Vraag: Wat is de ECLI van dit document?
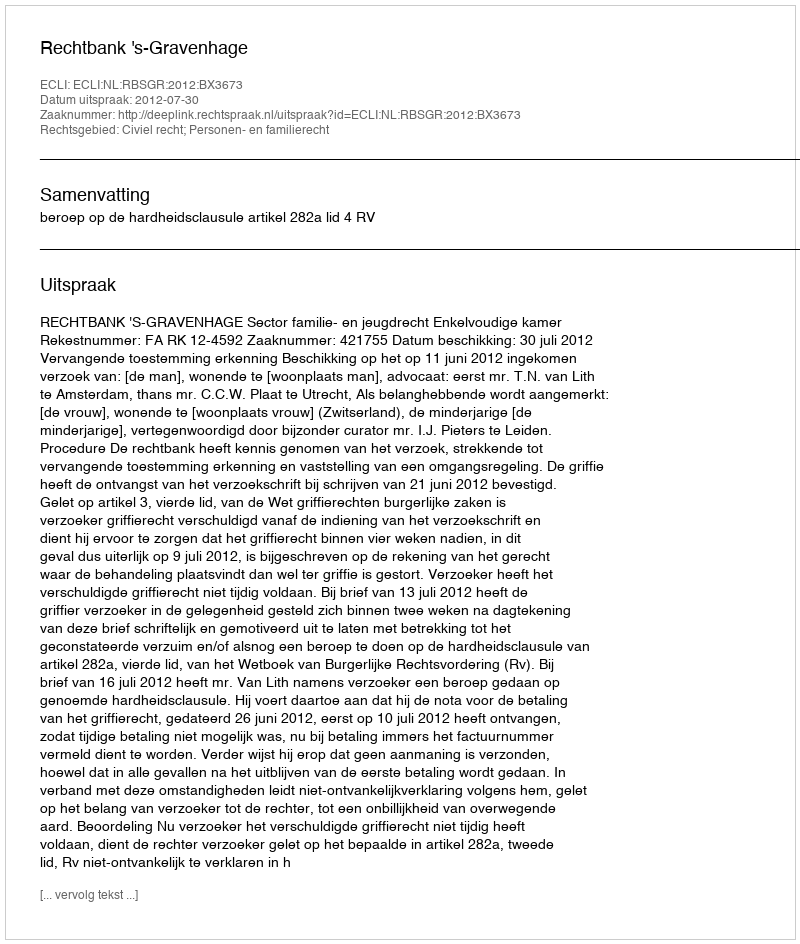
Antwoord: ECLI:NL:RBSGR:2012:BX3673